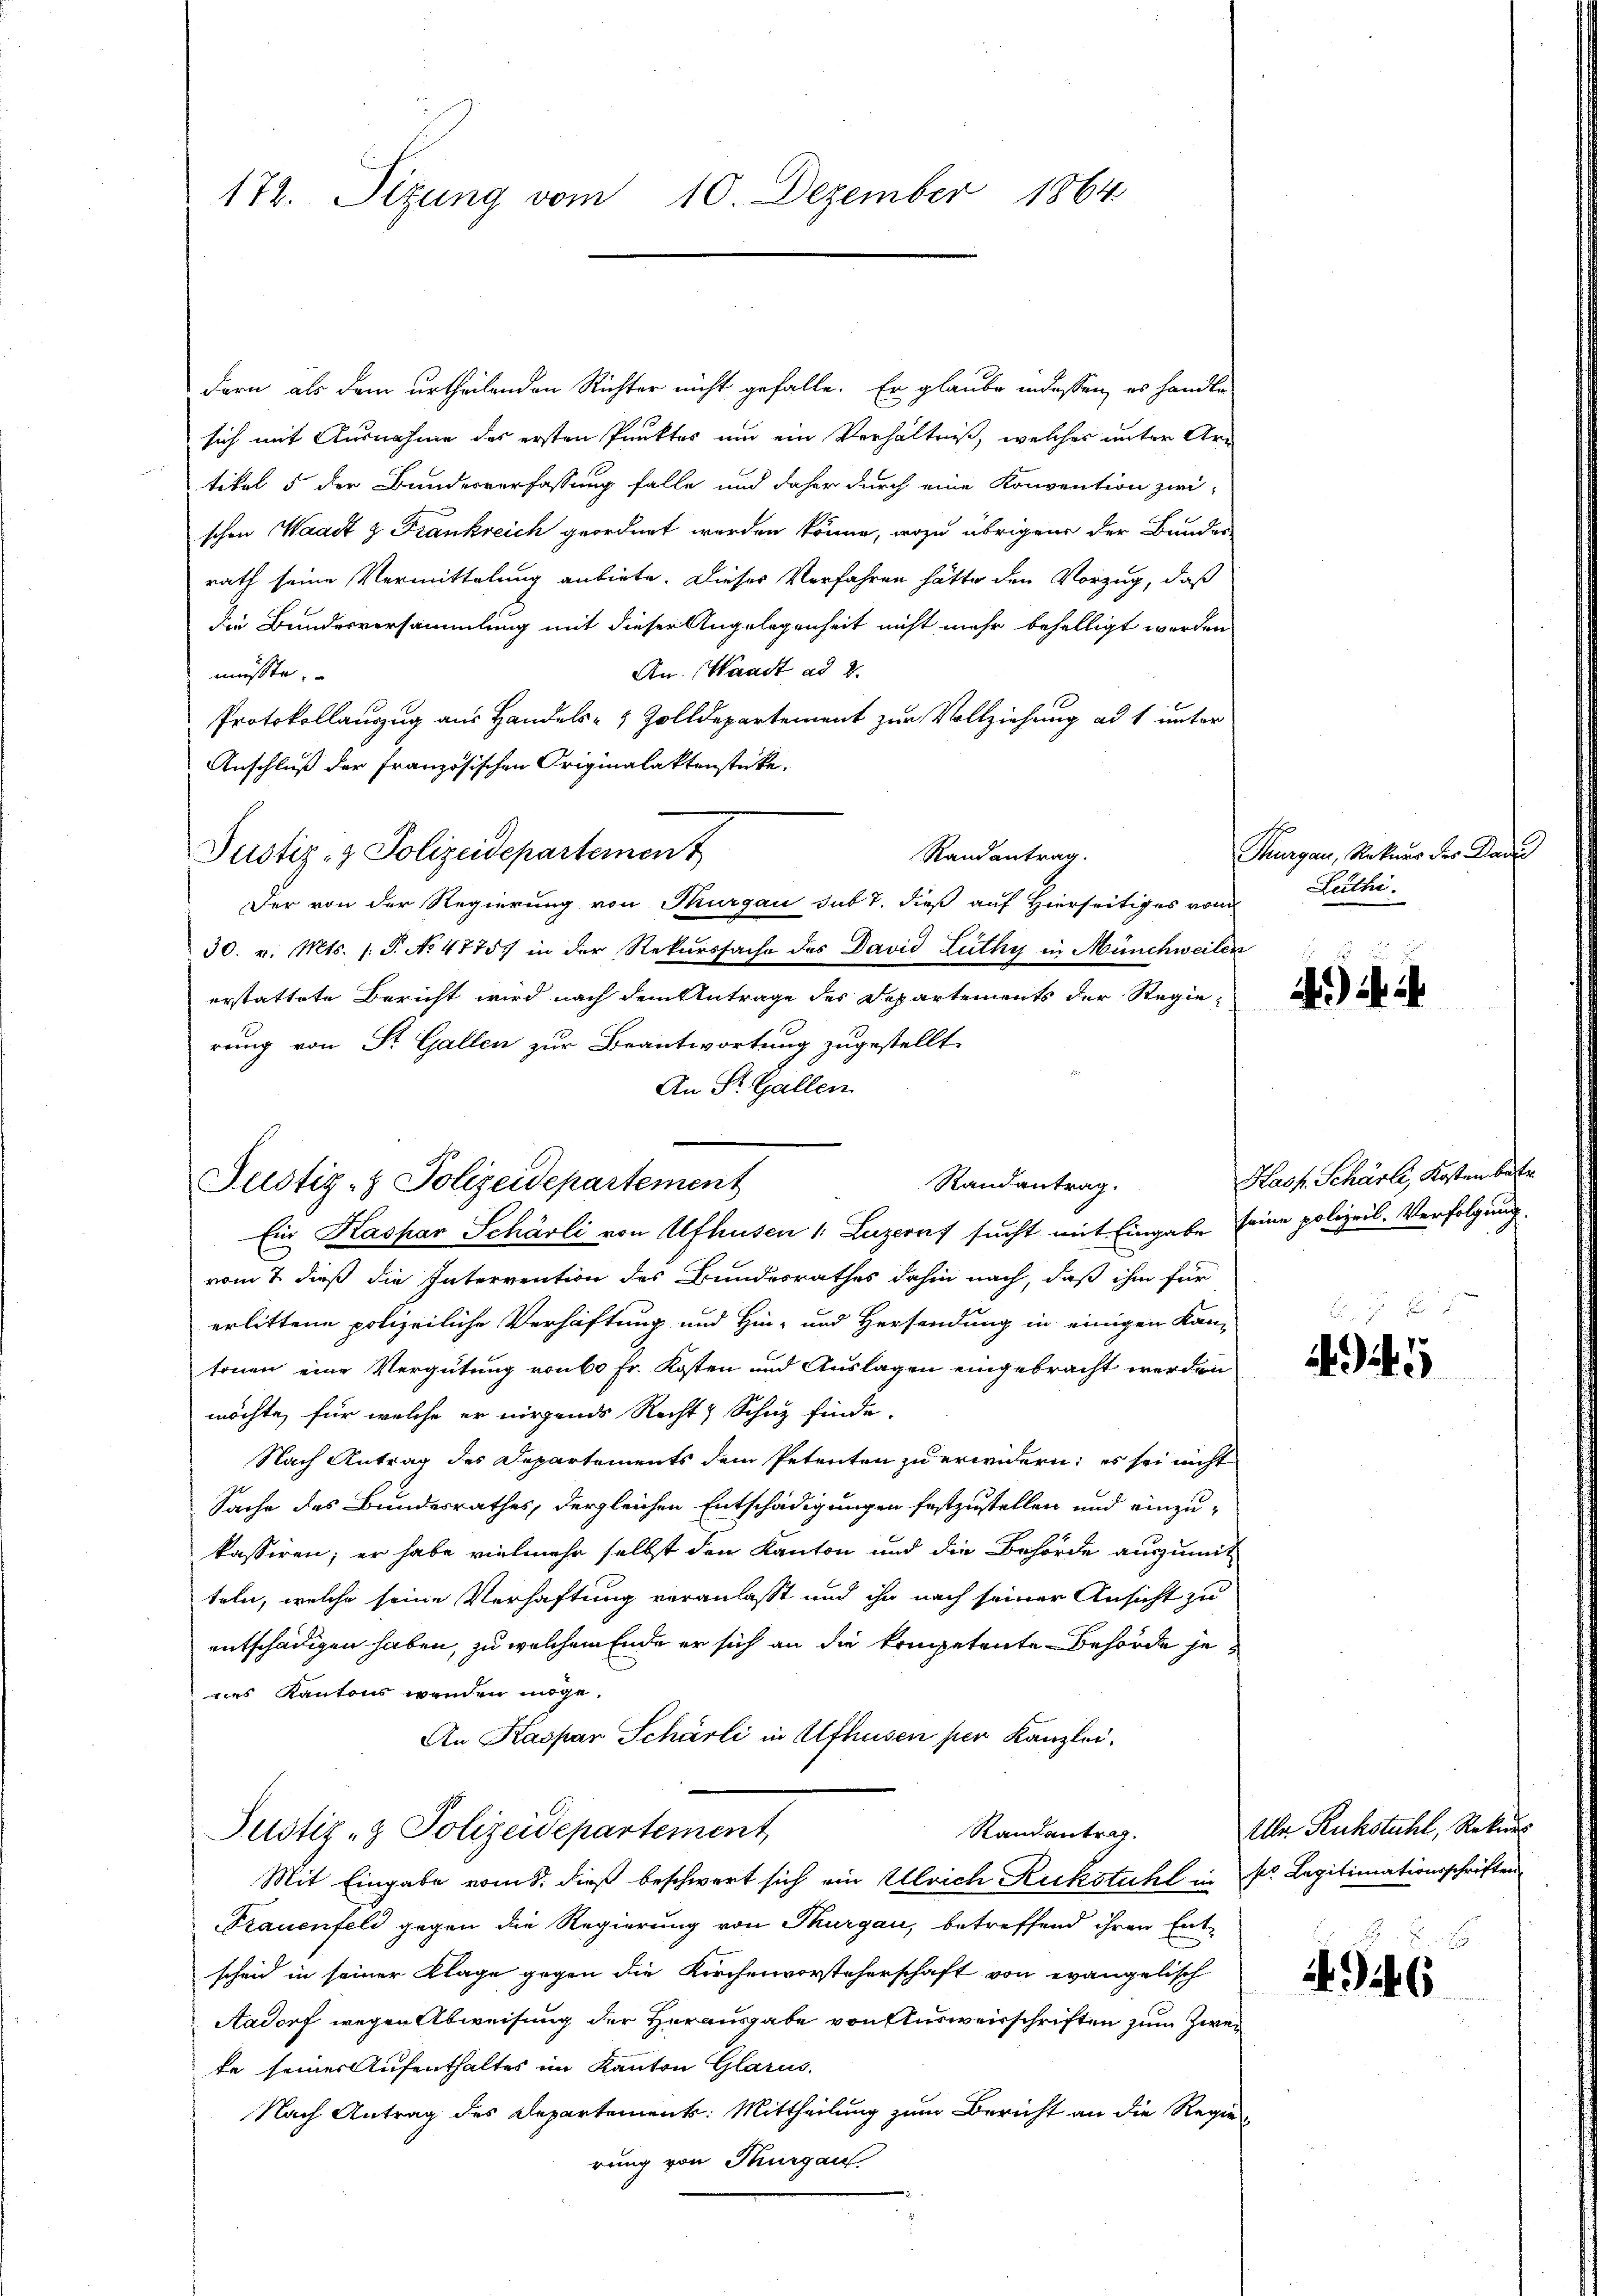
172. Sizung vom 10. Dezember 1864

Justiz- & Polizeidepartement

dern als dem urtheilenden Richter nicht gefalle. Er glaube indessen, es handle
sich mit Ausnahme des ersten Punktes um ein Verhältniß, welches unter Artikel 5 der Bundesverfassung falle und daher durch eine Konvention zwi-
schen Waadt & Frankreich geordnet werden könne, wozu übrigens der Bunder-
rath seine Vermittelung anbiete. Dieses Verfahren hätte den Vorzug, daß
die Bundesversammlung mit dieser Angelegenheit nicht mehr behelligt worden
An. (Waadt ad 2.
müsste.
Protokollauszug aus Handels- & Zolldepartement zur Vollziehung ad 1 unter
Anschluß der französischen Originalaktenstücke.
Justiz- & Polizeidepartement
Randantrag.
Der von der Regierung von Thurgau sub 7. dieß auf Hierseitiges vom
30. v. Mts. 1. S. No. 4775) in der Rekurssache des David Lüthy in Münchweilen
erstattete Bericht wird nach dem Antrage des Departements der Regie-
rung von Sr. Gallen zur Beantwortung zugestellt.
An St. Gallen
Randantrag.
Ein Kaspar Schärli von Afhusen 1 Luzerns sucht mit Eingabe seine polizeil. Verfolgung.
vom 7. dieß die Intervention des Bundesrathes dahin nach, daß ihm für
erlittene polizeiliche Verhaftung und Hin- und Hersendung in einigen Kan-
tonen eine Vergütung von 60 Fr. Kosten und Auslagen eingebracht werden
möchte, für welche er nirgends Recht & Schaz finde.
Nach Antrag des Departements dem Petenten zu erwendern; es sei nicht
Sache des Bundesrathes, dergleichen Entschädigungen festzustellen und einzu-
kassiren; er habe vielmehr selbst den Kanton und die Behörde auszumit
teln, welche seine Verhaftung veranlasst und ihn nach seiner Ansicht zu
entschädigen haben, zu welchem Ende er sich an die kompetente Behörde jenes Kantons wenden möge.
An Kaspar Schärli in Afhusen per Kanzlei.
Justiz- & Polizeidepartement
Randantrag.
Mit Eingabe vom 8. dieß beschwert sich ein Ulrich Ruckstuhl in Dr. Legitimationsschriften
Trauenfeld gegen die Regierung von Thurgau, betreffend ihren Ent-
scheid in seiner Klage gegen die Kirchenvorsteherschaft von evangelisch
Aadorf wegen Abweisung der Herausgabe von Ausweisschriften zum Zwei
te seiner Aufenthaltes im Kanton Glarus.
Nach Antrag des Departement: Mittheilung zum Bericht an die Regierung von Thurgau

Thurgau, Rekurs des Baden
eithe.

.M.

Hash. Schärte, Kosten betr

15 x
45

Alle Ruckstuhl, Rekurs

2146